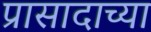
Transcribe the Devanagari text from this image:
प्रासादाच्या